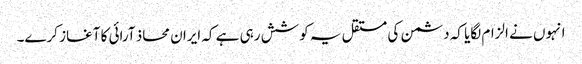
انہوں نے الزام لگایا کہ دشمن کی مستقل یہ کوشش رہی ہے کہ ایران محاذ آرائی کا آغاز کرے۔